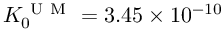
K _ { 0 } ^ { \mathrm { ~ U ~ M ~ } } = 3 . 4 5 \times 1 0 ^ { - 1 0 }